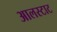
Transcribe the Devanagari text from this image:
आलस्टाट